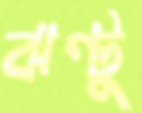
ঝণ্টু